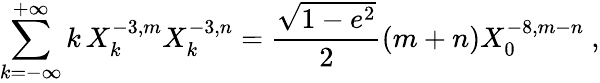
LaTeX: \sum_{k=-\infty}^{+\infty}k\, X_{k}^{-3,m}X_{k}^{-3,n}=\frac{\sqrt{1-e^{2}}}{2}(m+n)X_{0}^{-8,m-n}\ ,